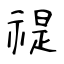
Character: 禔